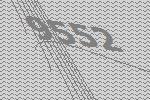
9552